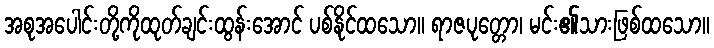
အစုအပေါင်းတို့ကိုထုတ်ချင်းထွန်းအောင် ပစ်နိုင်ထသော။ ရာဇပုတ္တော၊ မင်း၏သားဖြစ်ထသော။